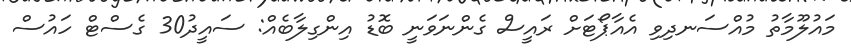
މައުލޫމާތު މުއްސަނދިވި އެއާޕޯޓަށް ރައީސް ގެންނަވަނީ ބޮޑު އިންގިލާބެއް: ސައީދު30 ގެސްޓް ހައުސް